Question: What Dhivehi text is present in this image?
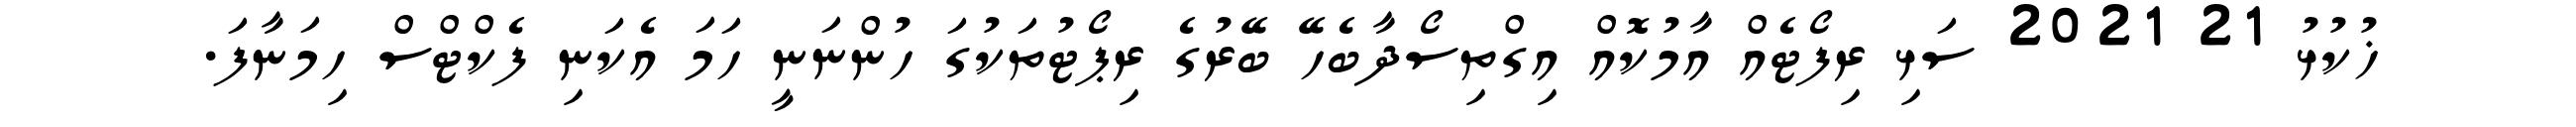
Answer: ޚުކުޅު 21 2021 ސަޅި ރިފޯޓެއް އާމުކޮއް އިގްތިސޯދާބެހޭ ބޭރުގެ ރިޕޯޓުތަކުގަ ހުންނަނީ ހަމަ އެކަނި ފެކްޓްސް ހިމަނާފަ.